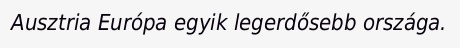
Ausztria Európa egyik legerdősebb országa.